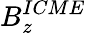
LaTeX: B_{z}^{ICME}